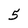
Character: 5